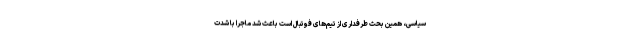
سیاسی، همین بحث طرفداری از تیم‌های فوتبال است باعث شد ماجرا با شدت